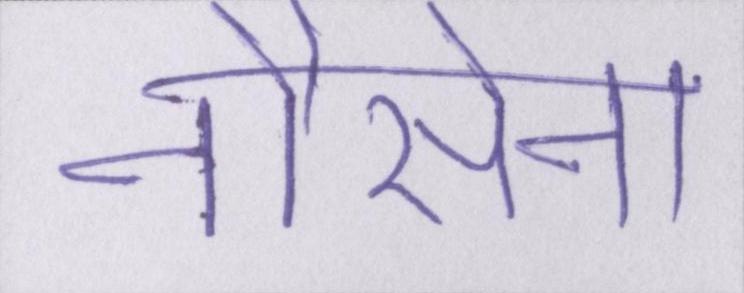
नौसेना